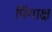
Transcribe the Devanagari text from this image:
पिंगाक्ष